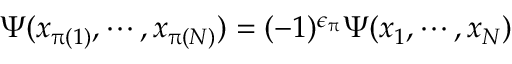
\begin{array} { r } { \Psi ( x _ { \uppi ( 1 ) } , \cdots , x _ { \uppi ( N ) } ) = ( - 1 ) ^ { \epsilon _ { \uppi } } \Psi ( x _ { 1 } , \cdots , x _ { N } ) } \end{array}